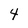
Character: 4